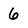
Character: 6